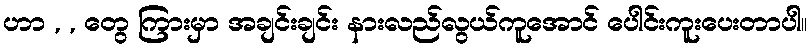
ဟာ , , တွေ ကြားမှာ အချင်းချင်း နားလည်လွယ်ကူအောင် ပေါင်းကူးပေးတာပါ။